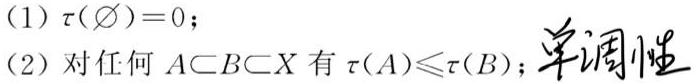
(1) $\tau(\varnothing)=0$;
(2) 对任何 $A\subset B\subset X$ 有 $\tau(A)\leqslant\tau(B)$; 单调性